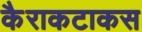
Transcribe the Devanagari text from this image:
कैराकटाकस